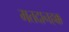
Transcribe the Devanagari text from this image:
मतदानहक्क